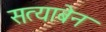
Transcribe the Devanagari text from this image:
सत्याबेन